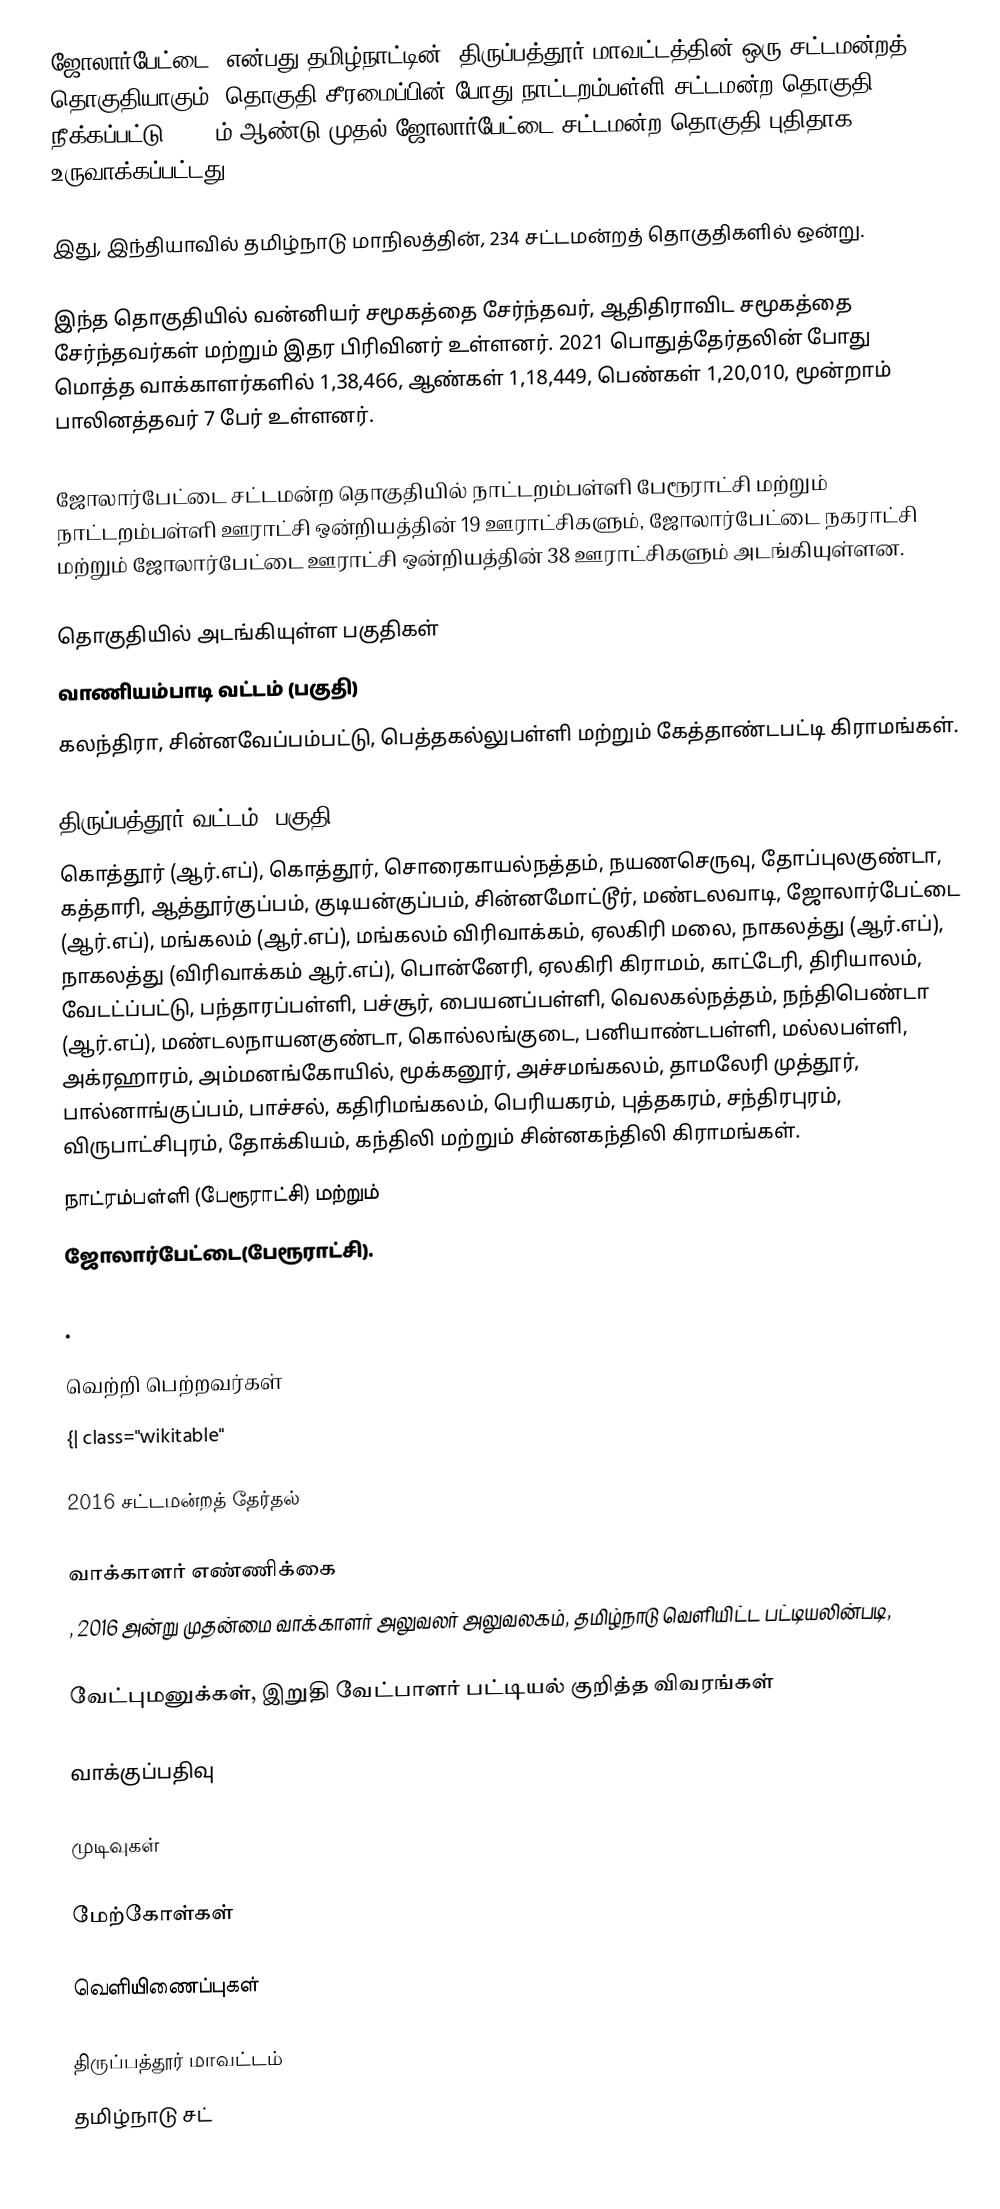
ஜோலார்பேட்டை, என்பது தமிழ்நாட்டின்,  திருப்பத்தூர் மாவட்டத்தின் ஒரு சட்டமன்றத் தொகுதியாகும். தொகுதி சீரமைப்பின் போது நாட்டறம்பள்ளி சட்டமன்ற தொகுதி நீக்கப்பட்டு 2011-ம் ஆண்டு முதல் ஜோலார்பேட்டை சட்டமன்ற தொகுதி புதிதாக உருவாக்கப்பட்டது.

இது, இந்தியாவில் தமிழ்நாடு மாநிலத்தின், 234 சட்டமன்றத் தொகுதிகளில் ஒன்று.

இந்த தொகுதியில் வன்னியர் சமூகத்தை சேர்ந்தவர், ஆதிதிராவிட சமூகத்தை சேர்ந்தவர்கள் மற்றும் இதர பிரிவினர் உள்ளனர். 2021 பொதுத்தேர்தலின் போது மொத்த வாக்காளர்களில் 1,38,466, ஆண்கள் 1,18,449, பெண்கள் 1,20,010, மூன்றாம் பாலினத்தவர் 7 பேர் உள்ளனர்.

ஜோலார்பேட்டை சட்டமன்ற தொகுதியில் நாட்டறம்பள்ளி பேரூராட்சி மற்றும் நாட்டறம்பள்ளி ஊராட்சி ஒன்றியத்தின் 19 ஊராட்சிகளும், ஜோலார்பேட்டை நகராட்சி மற்றும் ஜோலார்பேட்டை ஊராட்சி ஒன்றியத்தின் 38 ஊராட்சிகளும் அடங்கியுள்ளன.

தொகுதியில் அடங்கியுள்ள பகுதிகள்
 வாணியம்பாடி வட்டம் (பகுதி)
கலந்திரா, சின்னவேப்பம்பட்டு, பெத்தகல்லுபள்ளி மற்றும் கேத்தாண்டபட்டி கிராமங்கள்.

 திருப்பத்தூர் வட்டம் (பகுதி)
கொத்தூர் (ஆர்.எப்), கொத்தூர், சொரைகாயல்நத்தம், நயணசெருவு, தோப்புலகுண்டா, கத்தாரி, ஆத்தூர்குப்பம், குடியன்குப்பம், சின்னமோட்டூர், மண்டலவாடி, ஜோலார்பேட்டை (ஆர்.எப்), மங்கலம் (ஆர்.எப்), மங்கலம் விரிவாக்கம், ஏலகிரி மலை, நாகலத்து (ஆர்.எப்), நாகலத்து (விரிவாக்கம் ஆர்.எப்), பொன்னேரி, ஏலகிரி கிராமம், காட்டேரி, திரியாலம், வேடட்ப்பட்டு, பந்தாரப்பள்ளி, பச்சூர், பையனப்பள்ளி, வெலகல்நத்தம், நந்திபெண்டா (ஆர்.எப்), மண்டலநாயனகுண்டா, கொல்லங்குடை, பனியாண்டபள்ளி, மல்லபள்ளி, அக்ரஹாரம், அம்மனங்கோயில், மூக்கனூர், அச்சமங்கலம், தாமலேரி முத்தூர், பால்னாங்குப்பம், பாச்சல், கதிரிமங்கலம், பெரியகரம், புத்தகரம், சந்திரபுரம், விருபாட்சிபுரம், தோக்கியம், கந்திலி மற்றும் சின்னகந்திலி கிராமங்கள்.
நாட்ரம்பள்ளி (பேரூராட்சி) மற்றும்
ஜோலார்பேட்டை(பேரூராட்சி).

.

வெற்றி பெற்றவர்கள்
{| class="wikitable"

2016 சட்டமன்றத் தேர்தல்

வாக்காளர் எண்ணிக்கை
, 2016 அன்று முதன்மை வாக்காளர் அலுவலர் அலுவலகம், தமிழ்நாடு வெளியிட்ட பட்டியலின்படி,

வேட்புமனுக்கள், இறுதி வேட்பாளர் பட்டியல் குறித்த விவரங்கள்

வாக்குப்பதிவு

முடிவுகள்

மேற்கோள்கள்

வெளியிணைப்புகள்

திருப்பத்தூர் மாவட்டம்
தமிழ்நாடு சட்